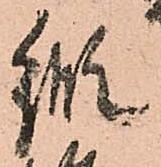
縦